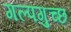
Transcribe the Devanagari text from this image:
गल्पगुच्छ